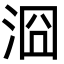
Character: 㴄